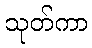
သုတ်ကာ